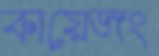
কায়েজং